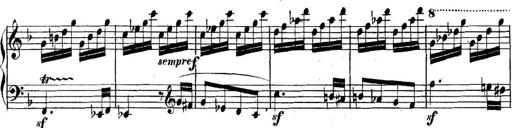
Title: Collected Piano Sonatas
Composer: Muzio Clementi